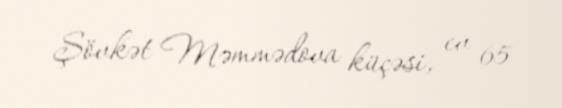
Şövkət Məmmədova küçəsi, ev 65